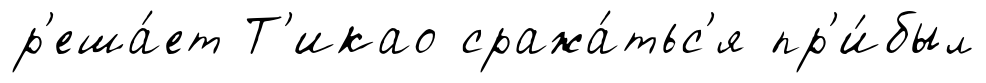
р'еша́ет Т'икао сража́тьс'я пр'и́был